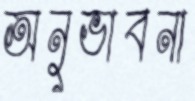
অনুভাবনা